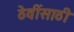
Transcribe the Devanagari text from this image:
ठेवींसाठी